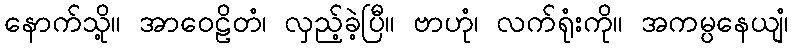
နောက်သို့။ အာဝေဠိတံ၊ လှည့်ခဲ့ပြီ။ ဗာဟုံ၊ လက်ရုံးကို။ အကမ္ပနေယျံ၊